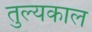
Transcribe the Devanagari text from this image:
तुल्यकाल